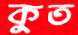
কুত